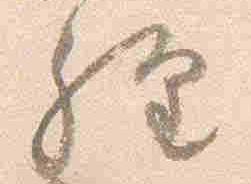
経